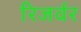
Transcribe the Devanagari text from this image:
रिजर्वर